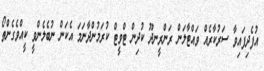
އުފެދިފައިވާ ސަރުކާރެއް ވައްޓާލަން ރަންރީނދޫ ކުދިން ޓްވީޓް ކުރަމުންދާނަމަ އެކަން ނުބެލެންވީ ކީއްވެގެންތޯ